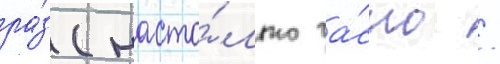
ра́з (насто́лько ча́сто /